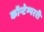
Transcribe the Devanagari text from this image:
कॉन्टेम्पररी